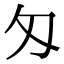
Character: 匁